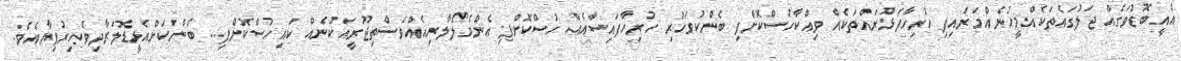
އެއީބޮޑުވަގެއް ޖަލުގައެތަކެއްމީހުނެއްމަރައިފި ހުރިހާފަޅުރައްތަކެއް ވިއްކާހުސްކޮށްފި ބެންކުގަހުރި ހުރިހާފައިސާއެއް ހުސްކޮށްފި އެންމެލޯލާރިއެއްވެސްތިޖޫރީއަކުނެއް ކައިހުސްކޮށްފި... ބެންކަށްއެޅީޑޮލަރާދިވެހިރުފިޔާއެވެ.